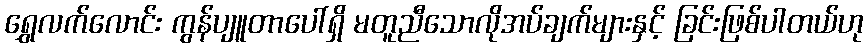
ရွှေလက်လောင်း ကွန်ပျူတာပေါ်ရှိ မတူညီသောလိုအပ်ချက်များနှင့် ခြင်းဖြစ်ပါတယ်ဟု